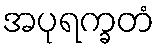
အပုရက္ခတံ